Civil Veterinary Department. United Provinces 1923-31 - 1923-1931
Year: 1923
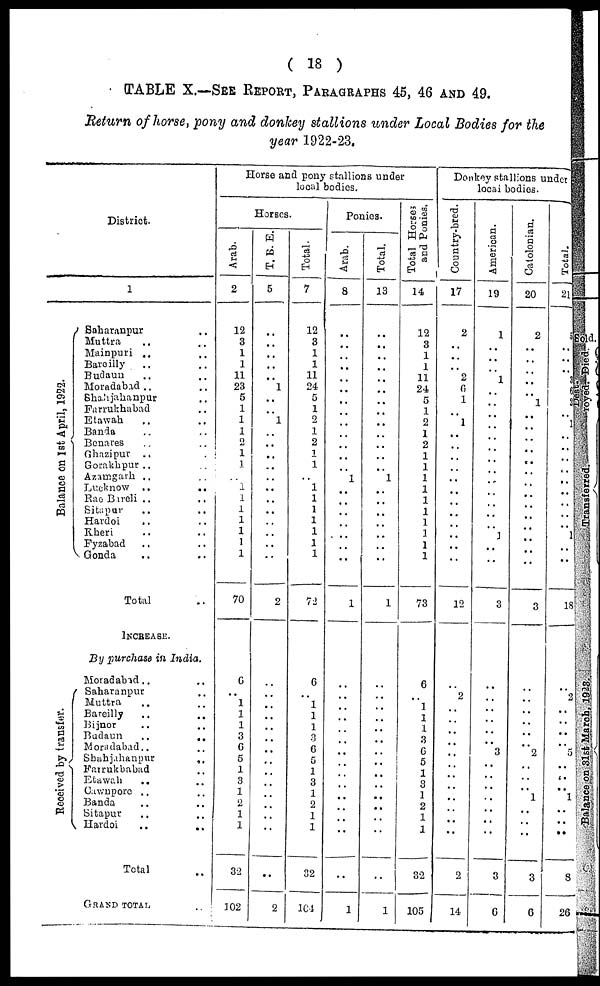
( 18 )
TABLE X.—SEE REPORT, PARAGRAPHS 45, 46 AND 49.
Return of horse, pony and donkey stallions under Local Bodies for the
year 1922-23.
District.
1
Ba l
a nc e on 1st Apri l , 1922.
Received by transfer.
Saharanpur ..
Muttra .. ..
Mainpuri .. ..
Bareilly .. ..
Budaun .. ..
Moradabad .. ..
Shahjhanpur ..
Farrukhabad ..
Etawah .. ..
Banda .. ..
Benares .. ..
Ghazipur .. ..
Gorakhpur .. ..
Azamgarh .. ..
Lucknow
..
..
Rae Bareli .. ..
Sitapur .. ..
Hardoi .. ..
Kheri .. ..
Fyzabad .. ..
Gonda .. ..
Total ..
INCREASE.
By purchase in India.
Moradabad .. ..
Saharanpur ..
Muttra .. ..
Bareilly .. ..
Bijnor .. ..
Badaun
..
..
Moradabad .. ..
Shahjahanpur
..
Farrukbabad ..
Etawah .. ..
Cawnpore .. ..
Banda .. ..
Sitapur .. ..
Hardoi
..
..
Total ..
GRAND
TOTAL
...
Horse and pony stallions under
local bodies.
Horses.
Arab.
2
12
3
1
1
11
23
5
1
1
1
2
1
1
..
1
1
1
1
1
1
1
70
6
..
1
1
1
3
6
5
1
3
1
2
1
1
32
102
T. B. E.
5
..
..
..
..
..
1
..
..
1
..
..
..
..
..
..
..
..
..
..
..
2
..
..
..
..
..
..
..
..
..
..
..
..
..
..
..
2
Total.
7
12
3
1
1
11
24
5
1
2
1
2
1
1
..
1
1
1
1
1
1
1
72
6
..
1
1
1
3
6
5
1
3
1
2
1
1
32
104
Ponies.
Arab.
8
..
..
..
..
..
..
..
..
..
..
..
..
..
1
..
..
..
..
..
..
..
1
..
..
..
..
..
..
..
..
..
..
..
..
..
..
..
1
Total.
13
..
..
..
..
..
..
..
..
..
..
..
..
..
1
..
..
..
..
..
..
..
1
..
..
..
..
..
..
..
..
..
..
.. ..
..
..
..
1
Total Horses
and Ponies.
14
12
3
1
1
11
24
5
1
2
1
2
1
1
1
1
1
1
1
1
1
1
73
6
..
1
1
1
3
6
5
1
3
1
2
1
1
32
105
Donkey stallions under
local bodies.
Country-bred.
17
2
..
..
..
2
6
1
..
1
..
..
..
..
..
..
..
..
..
..
..
..
12
..
2
..
..
..
..
..
..
..
..
.. ..
..
..
2
14
American.
19
1
..
..
..
1
..
..
..
..
..
..
..
..
..
..
..
..
..
1
..
..
3
..
..
..
..
..
..
3
..
..
..
.. ..
..
..
3
6
Catolonian.
20
2
..
..
..
..
..
1
..
..
..
..
..
..
..
..
..
..
..
..
..
..
3
..
..
..
..
..
..
..
..
..
..
..
..
..
..
3
6
Total.
21
..
..
..
..
..
..
..
..
..
..
..
..
..
..
..
..
..
..
..
..
..
18
..
2
.. ..
.. ..
..
..
..
..
..
..
..
..
8
26